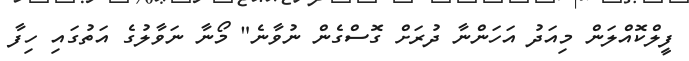
ފީލްކޮއްލަން މިއަދު އަހަންނާ ދުރަށް ގޮސްގެން ނުވާނެ" މޯނާ ނަވާލުގެ އަތުގައި ހިފާ